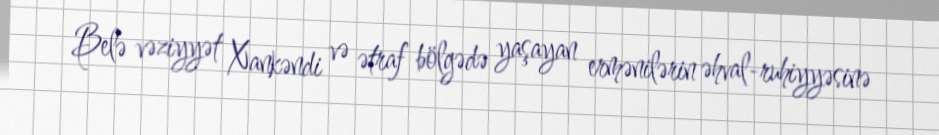
Belə vəziyyət Xankəndi və ətraf bölgədə yaşayan ermənilərin əhval-ruhiyyəsinə